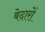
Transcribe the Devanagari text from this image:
बेदारों